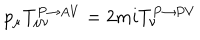
p _ { \mu } T _ { \mu \nu } ^ { P \rightarrow A V } = 2 m i T _ { \nu } ^ { P \rightarrow P V }